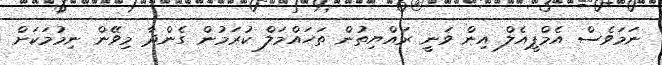
ނަމަވެސް އެމްޕީއެލް އިން ވަނީ ރައްޔިތުން ތަހައްމަލް ކުރަމުން ގެންދާ މިވޭން ނިމުމަކަށް